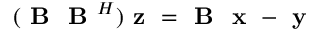
( \textbf { B } \textbf { B } ^ { H } ) \textbf { z } = \textbf { B } \textbf { x } - \textbf { y }